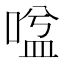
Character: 𭉃